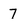
Character: 7